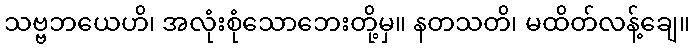
သဗ္ဗဘယေဟိ၊ အလုံးစုံသောဘေးတို့မှ။ နတသတိ၊ မထိတ်လန့်ချေ။